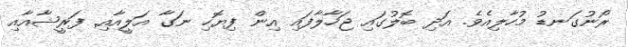
ރޯނުގަނޑު މުހާލިއެވެ. އަދި ބޮލުގައި ޖަހާލާފައި އިން ފިޔޮހި ނަގާ އަލީއާއި